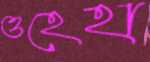
ওহেহা